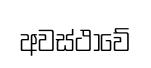
අවස්ථාවේ